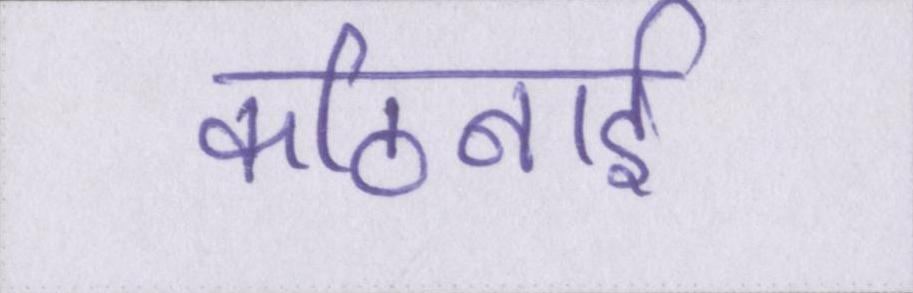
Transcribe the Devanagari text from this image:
कठिनाई